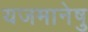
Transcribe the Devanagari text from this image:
यजमानेषु